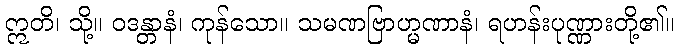
ဣတိ၊ သို့။ ဝဒန္တာနံ၊ ကုန်သော။ သမဏဗြာဟ္မဏာနံ၊ ရဟန်းပုဏ္ဏားတို့၏။